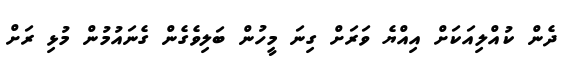
ދެން ކުއްލިއަކަށް އިއްޔެ ވަރަށް ގިނަ މީހުން ބަލިވެގެން ގެނައުމުން މުޅި ރަށް